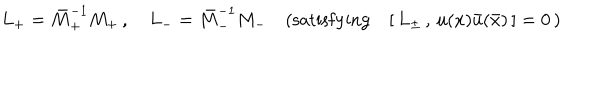
L _ { + } = { \bar { M } } _ { + } ^ { - 1 } M _ { + } \, , \quad L _ { - } = { \bar { M } } _ { - } ^ { - 1 } M _ { - } \quad ( \mathrm { s a t i s f y i n g } \quad [ \, L _ { \pm } \, , \, u ( x ) { \bar { u } } ( \bar { x } ) \, ] = 0 \, )